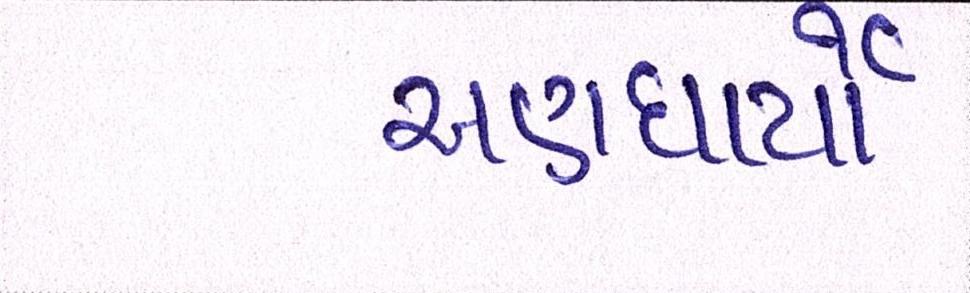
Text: અણધાર્યો